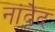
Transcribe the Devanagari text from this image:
नांदेद